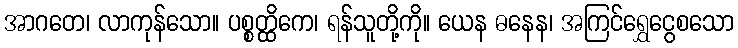
အာဂတေ၊ လာကုန်သော။ ပစ္စတ္ထိကေ၊ ရန်သူတို့ကို။ ယေန ဓနေန၊ အကြင်ရွှေငွေစသော